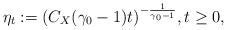
LaTeX: \begin{align*} \eta_t:= (C_X(\gamma_0 - 1) t)^{-\frac{1}{\gamma_0 - 1}},t\geq 0,\end{align*}